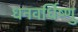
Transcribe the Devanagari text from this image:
धनवर्धिष्णु